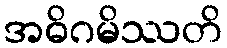
အဓိဂမိဿတိ